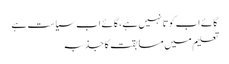
گائے اب کَوِتا نہیں ہے، گائے اب سیاست ہے
تعلیم میں مسابقت کا جذبہ